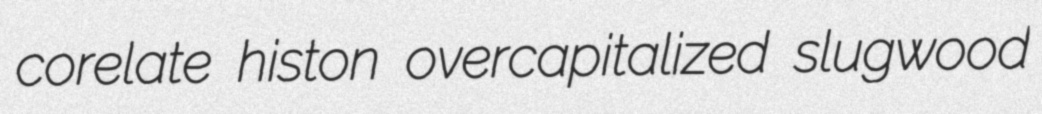
corelate histon overcapitalized slugwood